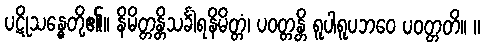
ပဋိုသန္ဓေတို့၏။ နိမိတ္တန္တိသင်္ခါရနိမိတ္တံ၊ ပဝတ္တန္တိ ရူပါရူပဘဝေ ပဝတ္တတိ။ ။